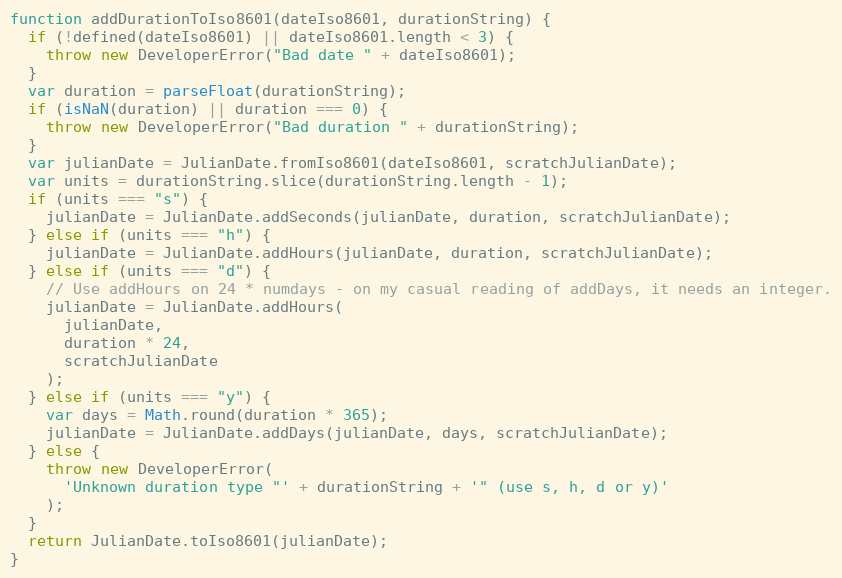
Language: JavaScript
function addDurationToIso8601(dateIso8601, durationString) {
  if (!defined(dateIso8601) || dateIso8601.length < 3) {
    throw new DeveloperError("Bad date " + dateIso8601);
  }
  var duration = parseFloat(durationString);
  if (isNaN(duration) || duration === 0) {
    throw new DeveloperError("Bad duration " + durationString);
  }
  var julianDate = JulianDate.fromIso8601(dateIso8601, scratchJulianDate);
  var units = durationString.slice(durationString.length - 1);
  if (units === "s") {
    julianDate = JulianDate.addSeconds(julianDate, duration, scratchJulianDate);
  } else if (units === "h") {
    julianDate = JulianDate.addHours(julianDate, duration, scratchJulianDate);
  } else if (units === "d") {
    // Use addHours on 24 * numdays - on my casual reading of addDays, it needs an integer.
    julianDate = JulianDate.addHours(
      julianDate,
      duration * 24,
      scratchJulianDate
    );
  } else if (units === "y") {
    var days = Math.round(duration * 365);
    julianDate = JulianDate.addDays(julianDate, days, scratchJulianDate);
  } else {
    throw new DeveloperError(
      'Unknown duration type "' + durationString + '" (use s, h, d or y)'
    );
  }
  return JulianDate.toIso8601(julianDate);
}